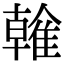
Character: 雗